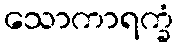
သောကာရက္ခံ